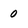
Character: 0